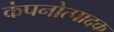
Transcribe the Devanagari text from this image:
कंपनोत्पादक